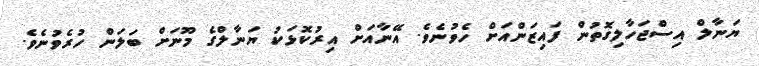
ޔަނާލް އިސްޖަހާލިގޮތުން ފައިޒަންއަށް ހެވުނެވެ. އޭނާއަށް އިރުކޮޅަކު ޔަނާލްގެ މޫނަށް ބަލަން ހުރެވުނެވެ.